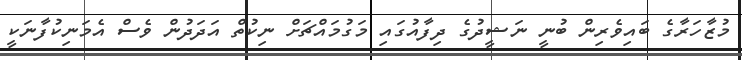
މުޒާހަރާގެ ބައިވެރިން ބުނީ ނަޝީދުގެ ދިފާއުގައި މަގުމައްޗަށް ނިކުތް އަދަދުން ވެސް އެމަނިކުފާނަކީ